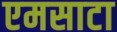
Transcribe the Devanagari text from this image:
एमसाटा